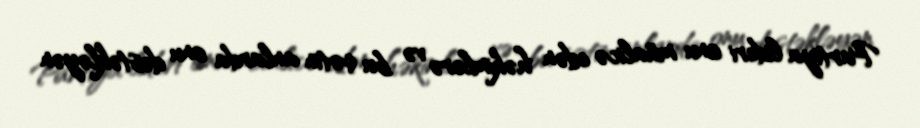
Partiya lideri onu müalicə edən həkimlərə və bu çətin anlarda onu dəstəkləyən